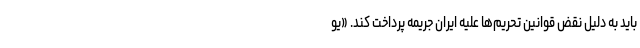
باید به دلیل نقض قوانین تحریم‌ها علیه ایران جریمه پرداخت کند. «یو